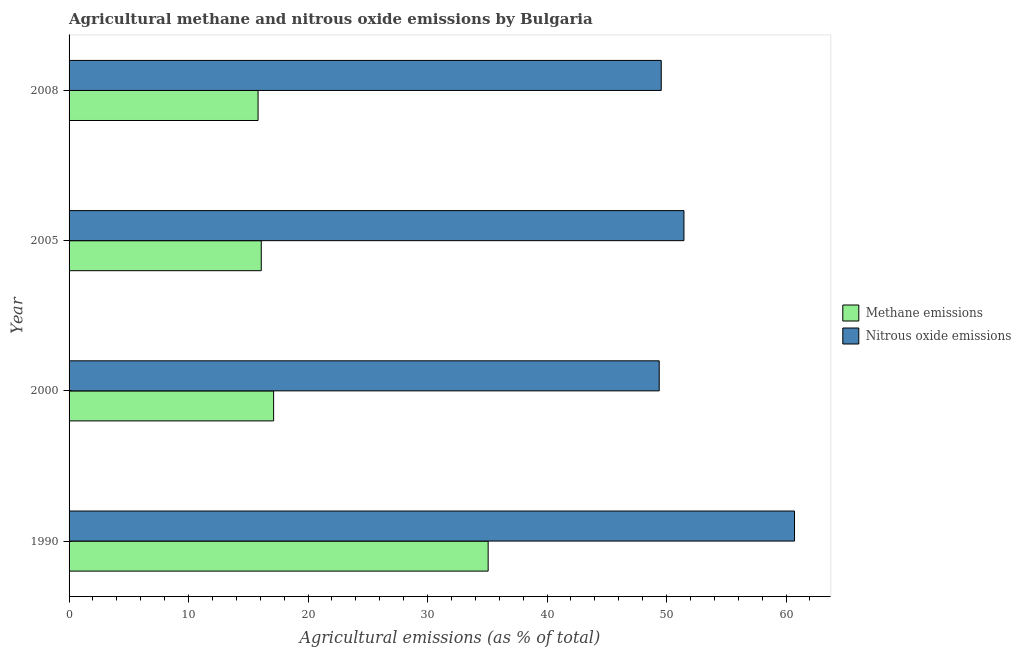
| Year | Methane emissions | Nitrous oxide emissions |
 | --- | --- | --- |
 | 1990 | 35.1 | 60.7 |
 | 2000 | 17.1 | 49.4 |
 | 2005 | 16.1 | 51.5 |
 | 2008 | 15.8 | 49.6 |